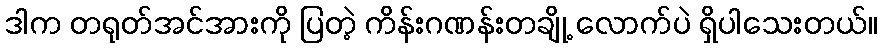
ဒါက တရုတ်အင်အားကို ပြတဲ့ ကိန်းဂဏန်းတချို့ လောက်ပဲ ရှိပါသေးတယ်။